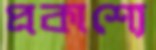
প্রকাশ্যে